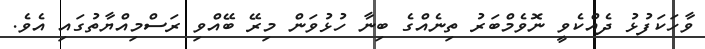
ވާހަކަފުޅު ދެއްކެވީ ނޮވެމްބަރު ތިނެއްގެ ބިނާ ހުޅުވަން މިރޭ ބޭއްވި ރަސްމިއްޔާތުގައި އެވެ.